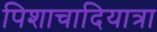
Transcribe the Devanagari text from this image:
पिशाचादियात्रा